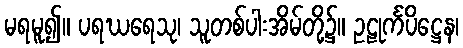
မရမူ၍။ ပရဃရေသု၊ သူတစ်ပါးအိမ်တို့၌။ ဥဠုင်္ကပိဋ္ဌေန၊